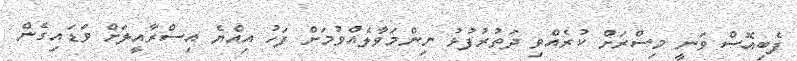
ފެބިއޮސް ވަނީ މިސްރަށް ކުރެއްވި ދަތުރުފުޅު ނިންމަވާލެއްވުމަށް ފަހު އިއްޔެ އިސްރާއީލަށް ވަޑައިގެން